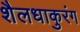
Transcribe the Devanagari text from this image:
शैलधाकुरंग